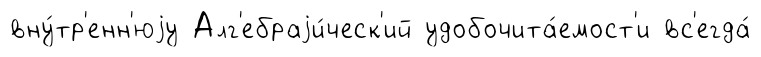
вну́тр'енн'юjу Алг'ебраjи́ческ'ий удобочита́емост'и вс'егда́